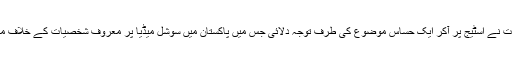
اداکارہ مہوش حیات نے اسٹیج پر آکر ایک حساس موضوع کی طرف توجہ دلائی جس میں پاکستان میں سوشل میڈیا پر معروف شخصیات کے خلاف منفی پروپیگنڈا تھا۔